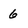
Character: 6